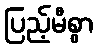
ပြည့်မီစွာ